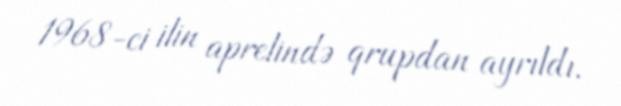
1968-ci ilin aprelində qrupdan ayrıldı.